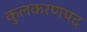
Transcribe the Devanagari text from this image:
कुलकरणपद